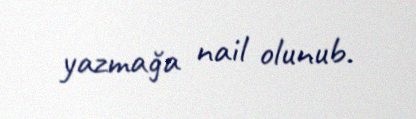
yazmağa nail olunub.